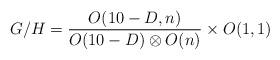
LaTeX: \begin{align*}G/H = {O(10-D,n) \over O(10-D)\otimes O(n)} \times O(1,1)\end{align*}